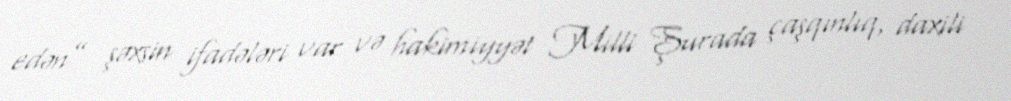
edən” şəxsin ifadələri var və hakimiyyət Milli Şurada çaşqınlıq, daxili